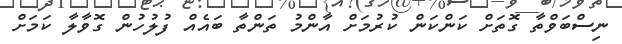
ނިސްބަވްތާ ގޮތަށް ކަންކަން ކުރުމަށް އާންމު ތަންތާ ބައެއް ފުލުހުން ގޮވާލާ ކަމަށް